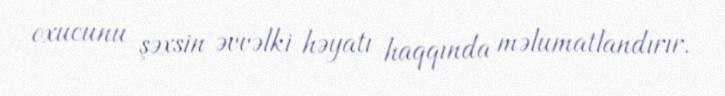
oxucunu şəxsin əvvəlki həyatı haqqında məlumatlandırır.